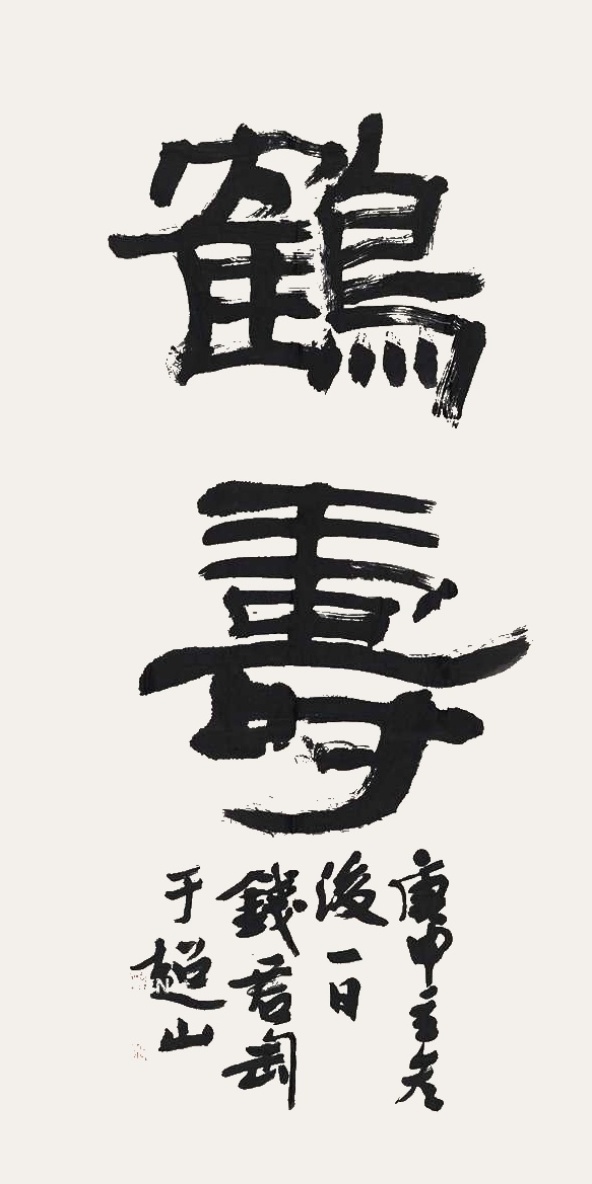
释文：鹤寿。庚申（1980年）立冬后一日，钱君匋于超山。